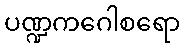
ပဏ္ဍကဂေါစရော